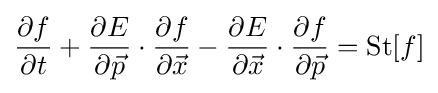
{\frac {\partial f}{\partial t}}+{\frac {\partial E}{\partial {\vec {p}}}}\cdot {\frac {\partial f}{\partial {\vec {x}}}}-{\frac {\partial E}{\partial {\vec {x}}}}\cdot {\frac {\partial f}{\partial {\vec {p}}}}={\text{St}}[f]